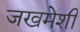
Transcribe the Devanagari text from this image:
जखमेशी